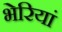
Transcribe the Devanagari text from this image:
भेरियां